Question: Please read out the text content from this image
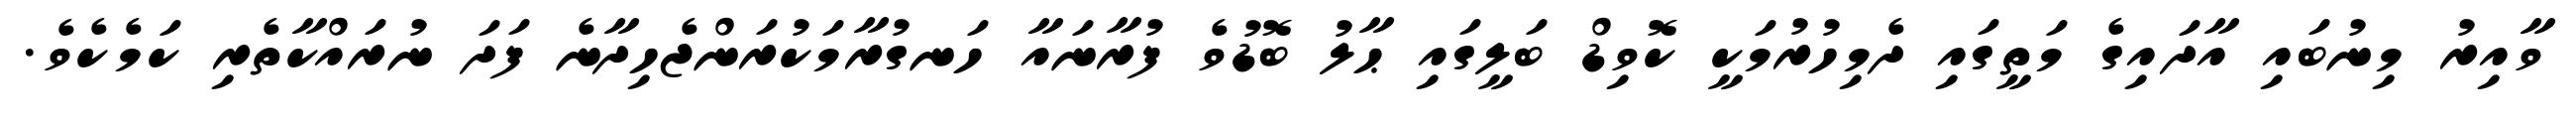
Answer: ވާއިރު މިނުބައި އާދައިގެ މަތީގައި ދެމިހުރުމަކީ ކޮވިޑް ބަލީގައި ޙާލު ބޮޑުވެ ފުރާނައާ ހަނގުރާމަކުރަންޖެހިދާނެ ފަދަ ނުރައްކާތެރި ކަމެކެވެ.